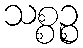
သစ္စဉ္စ